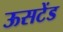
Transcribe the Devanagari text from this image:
ऊसटेंड